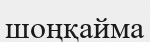
шоңқайма